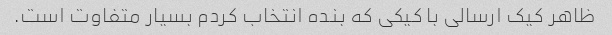
ظاهر کیک ارسالی با کیکی که بنده انتخاب کردم بسیار متفاوت است.